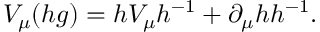
V _ { \mu } ( h g ) = h V _ { \mu } h ^ { - 1 } + \partial _ { \mu } h h ^ { - 1 } .